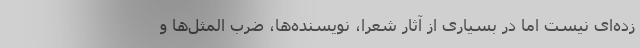
زده‌ای نیست اما در بسیاری از آثار شعرا، نویسنده‌ها، ضرب المثل‌ها و